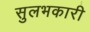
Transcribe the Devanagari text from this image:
सुलभकारी